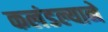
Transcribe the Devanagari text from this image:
कलंडल्याने